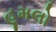
હૂમલો